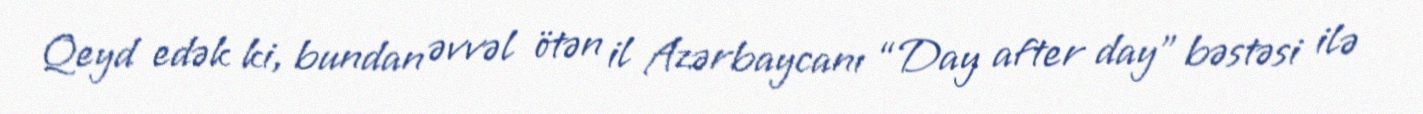
Qeyd edək ki, bundan əvvəl ötən il Azərbaycanı “Day after day” bəstəsi ilə